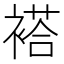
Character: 褡